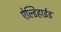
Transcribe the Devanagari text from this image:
ऐल्डिहाईड